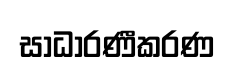
සාධාරණීකරණ